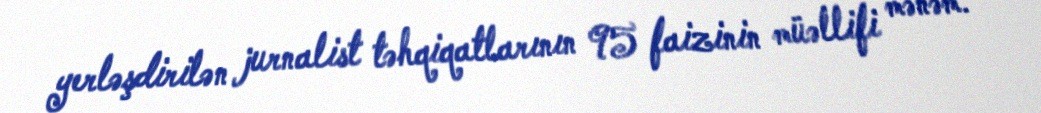
yerləşdirilən jurnalist təhqiqatlarının 95 faizinin müəllifi mənəm.